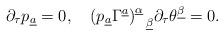
LaTeX: \begin{align*}\partial_\tau p_{\underline a}=0, \quad(p_{\underline a}\Gamma^{\underline a})^{\underline\alpha}_{~~\underline\beta}\partial_\tau\theta^{\underline\beta}=0.\end{align*}